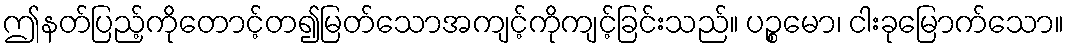
ဤနတ်ပြည့်ကိုတောင့်တ၍မြတ်သောအကျင့်ကိုကျင့်ခြင်းသည်။ ပဉ္စမော၊ ငါးခုမြောက်သော။